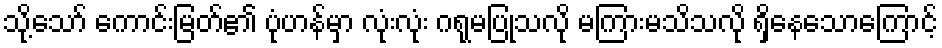
သို့သော် ကောင်းမြတ်၏ ပုံဟန်မှာ လုံးလုံး ဂရုမပြုသလို မကြားမသိသလို ရှိနေသောကြောင့်